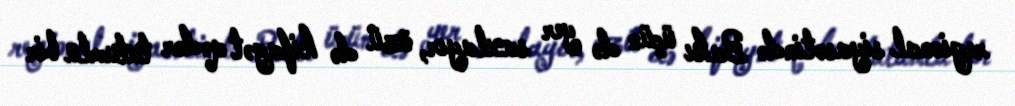
regional siyasətində Bakı üçün də yer saxlayır, özü də kifayət qədər tutumlu bir